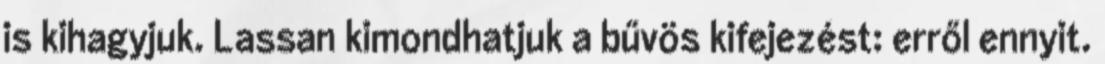
is kihagyjuk. Lassan kimondhatjuk a bűvös kifejezést: erről ennyit.